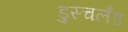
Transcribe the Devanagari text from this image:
डुस्चलँड